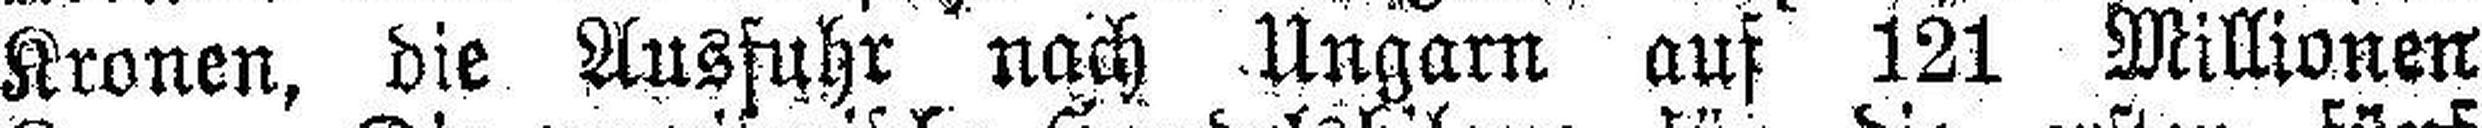
Kronen, die Ausfuhr nach Ungarn auf 121 Millionen